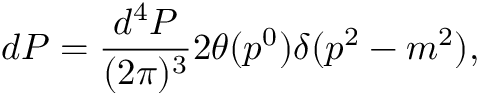
d P = { \frac { d ^ { 4 } P } { ( 2 \pi ) ^ { 3 } } } 2 \theta ( p ^ { 0 } ) \delta ( p ^ { 2 } - m ^ { 2 } ) ,